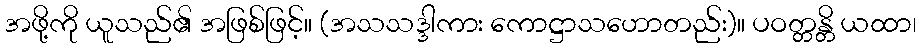
အဖို့ကို ယူသည်၏ အဖြစ်ဖြင့်။ (အသသဒ္ဒါကား ကောဋ္ဌာသဟောတည်း)။ ပဝတ္တန္တိ ယထာ၊